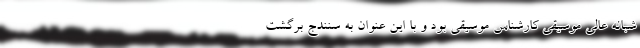
شبانه عالی موسیقی کارشناس موسیقی بود و با این عنوان به سنندج برگشت